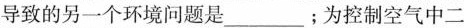
导致的另一个环境问题是___；为控制空气中二